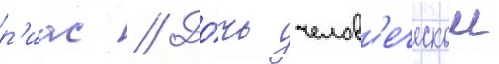
р'иас // До́чь челов'еческои